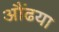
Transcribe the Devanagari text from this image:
औंढया